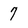
Character: 7